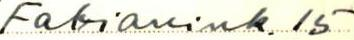
Fabianink. 15